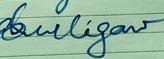
Signature authenticity: forged